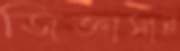
জিজ্ঞাসাই